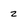
Character: z